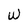
Character: W